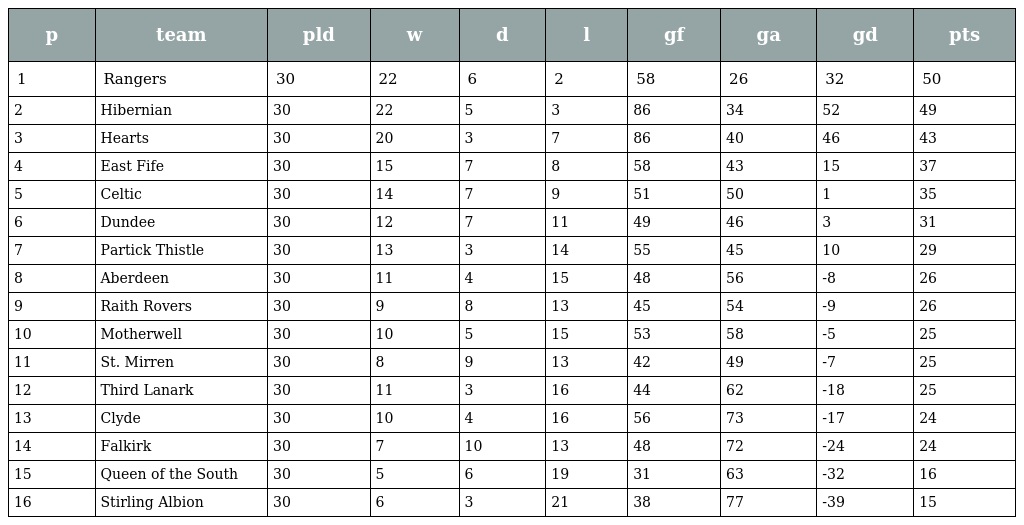
| p | team | pld | w | d | l | gf | ga | gd | pts |
 | --- | --- | --- | --- | --- | --- | --- | --- | --- | --- |
 | 1 | Rangers | 30 | 22 | 6 | 2 | 58 | 26 | 32 | 50 |
 | 2 | Hibernian | 30 | 22 | 5 | 3 | 86 | 34 | 52 | 49 |
 | 3 | Hearts | 30 | 20 | 3 | 7 | 86 | 40 | 46 | 43 |
 | 4 | East Fife | 30 | 15 | 7 | 8 | 58 | 43 | 15 | 37 |
 | 5 | Celtic | 30 | 14 | 7 | 9 | 51 | 50 | 1 | 35 |
 | 6 | Dundee | 30 | 12 | 7 | 11 | 49 | 46 | 3 | 31 |
 | 7 | Partick Thistle | 30 | 13 | 3 | 14 | 55 | 45 | 10 | 29 |
 | 8 | Aberdeen | 30 | 11 | 4 | 15 | 48 | 56 | -8 | 26 |
 | 9 | Raith Rovers | 30 | 9 | 8 | 13 | 45 | 54 | -9 | 26 |
 | 10 | Motherwell | 30 | 10 | 5 | 15 | 53 | 58 | -5 | 25 |
 | 11 | St. Mirren | 30 | 8 | 9 | 13 | 42 | 49 | -7 | 25 |
 | 12 | Third Lanark | 30 | 11 | 3 | 16 | 44 | 62 | -18 | 25 |
 | 13 | Clyde | 30 | 10 | 4 | 16 | 56 | 73 | -17 | 24 |
 | 14 | Falkirk | 30 | 7 | 10 | 13 | 48 | 72 | -24 | 24 |
 | 15 | Queen of the South | 30 | 5 | 6 | 19 | 31 | 63 | -32 | 16 |
 | 16 | Stirling Albion | 30 | 6 | 3 | 21 | 38 | 77 | -39 | 15 |